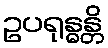
ဥပရုန္ဓန္တိ